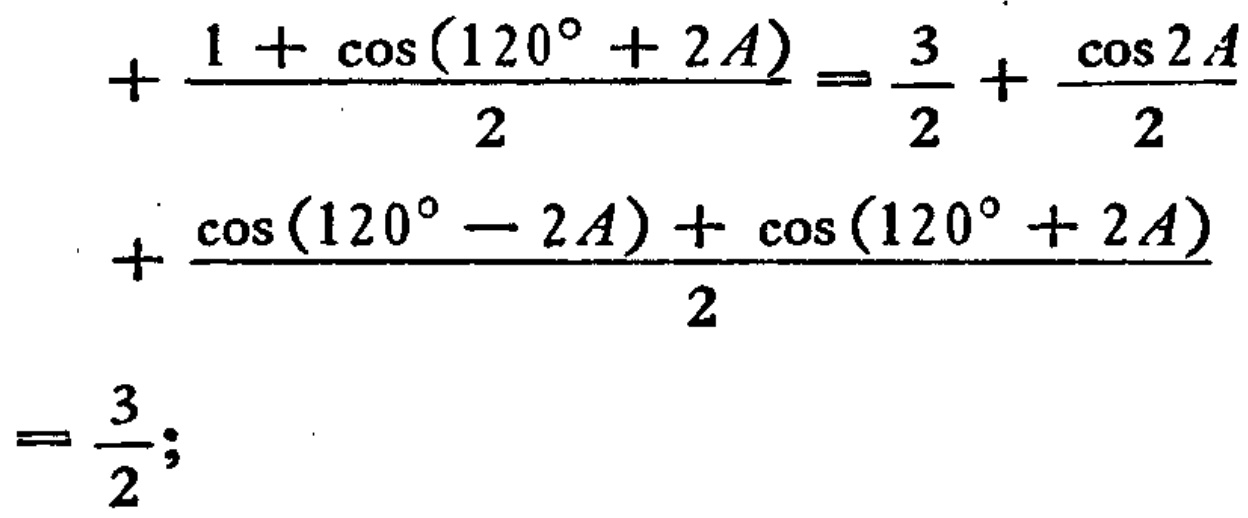
\[

\begin{align*}

&+\frac{1 + \cos(120^{\circ}+ 2A)}{2}=\frac{3}{2}+\frac{\cos 2A}{2}\\

&+\frac{\cos(120^{\circ}- 2A)+\cos(120^{\circ}+ 2A)}{2}\\

=&\frac{3}{2};

\end{align*}

\]